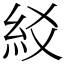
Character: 䋂